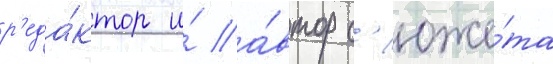
р'еда́ктор и́ а́втор с'юже́та